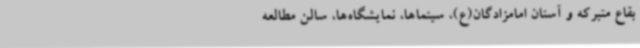
بقاع متبرکه و آستان امامزادگان(ع)، سینماها، نمایشگاه‌ها، سالن مطالعه